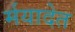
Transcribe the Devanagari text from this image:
र्मयादेत